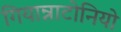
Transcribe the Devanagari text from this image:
गियान्नाटोनियो